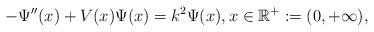
LaTeX: \begin{align*}-\Psi''(x)+V(x)\Psi(x)=k^2\Psi(x),x\in \mathbb{R}^+:=(0,+\infty),\end{align*}